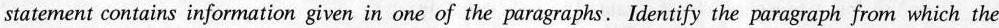
statement contains information given in one of the paragraphs. Identify the paragraph from which the